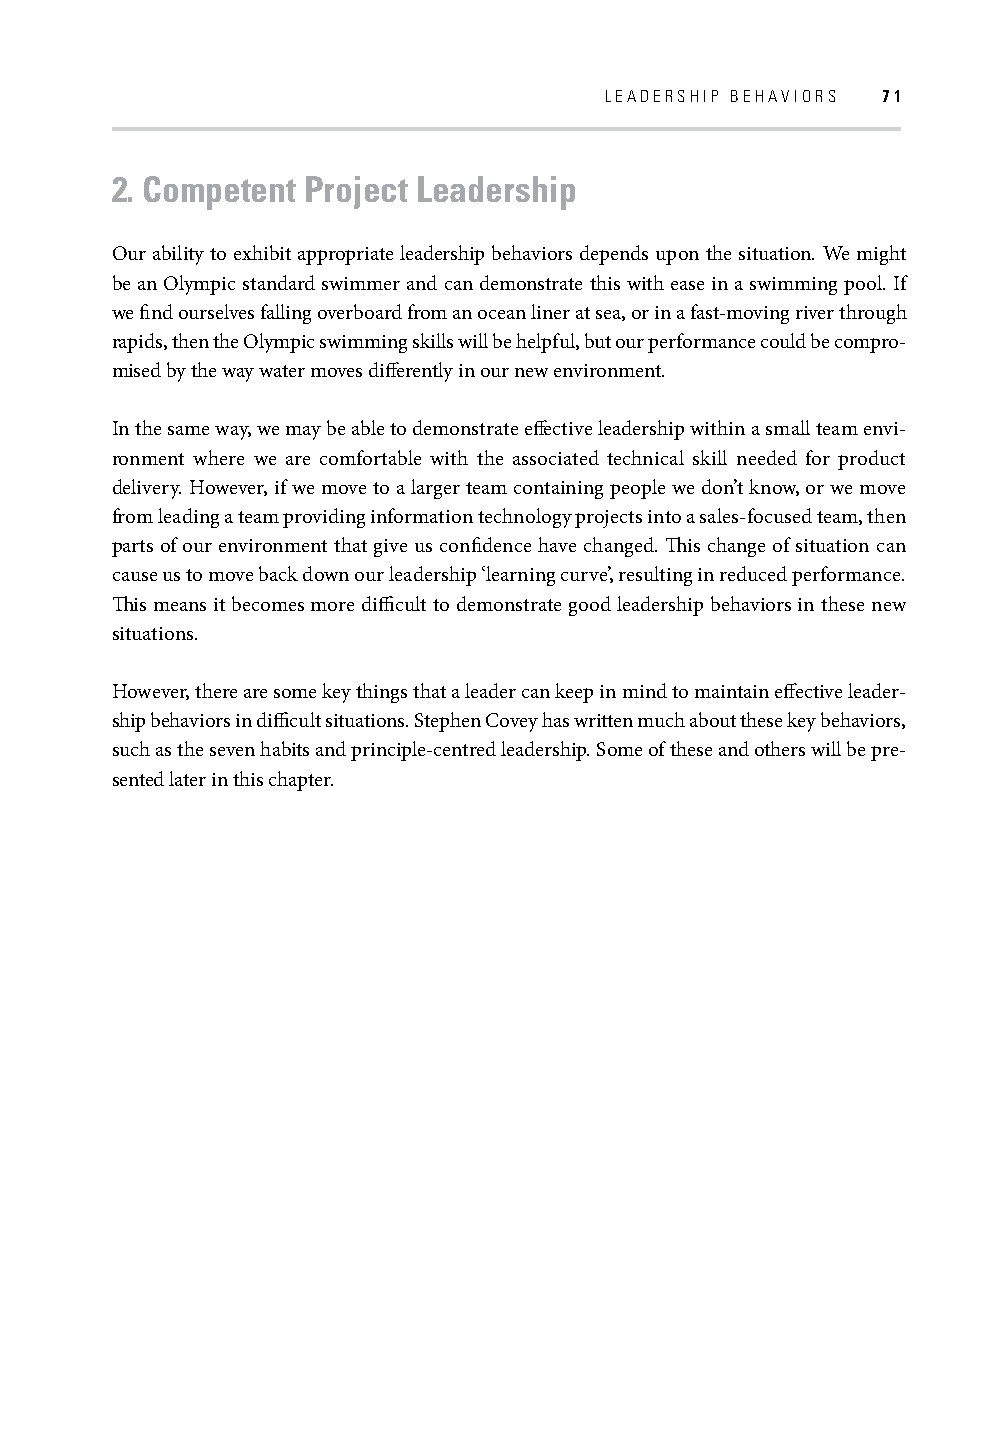
LEADERSHIP BEHAVIORS 71
 2. Competent Project Leadership
 Our ability to exhibit appropriate leadership behaviors depends upon the situation. We might
 be an Olympic standard swimmer and can demonstrate this with ease in a swimming pool. If
 we fi nd ourselves falling overboard from an ocean liner at sea, or in a fast-moving river through
 rapids, then the Olympic swimming skills will be helpful, but our performance could be compro-
 mised by the way water moves diff erently in our new environment.
 In the same way, we may be able to demonstrate eff ective leadership within a small team envi-
 ronment where we are comfortable with the associated technical skill needed for product
 delivery. However, if we move to a larger team containing people we don’t know, or we move
 from leading a team providing information technology projects into a sales-focused team, then
 parts of our environment that give us confi dence have changed. Th is change of situation can
 cause us to move back down our leadership ‘learning curve’, resulting in reduced performance.
 Th is means it becomes more diffi cult to demonstrate good leadership behaviors in these new
 situations.
 However, there are some key things that a leader can keep in mind to maintain eff ective leader-
 ship behaviors in diffi cult situations. Stephen Covey has written much about these key behaviors,
 such as the seven habits and principle-centred leadership. Some of these and others will be pre-
 sented later in this chapter.